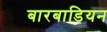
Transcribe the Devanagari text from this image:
बारबाडियन